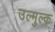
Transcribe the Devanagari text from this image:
उल्मुल्क